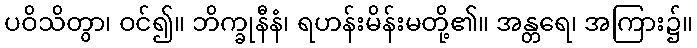
ပဝိသိတွာ၊ ဝင်၍။ ဘိက္ခုနီနံ၊ ရဟန်းမိန်းမတို့၏။ အန္တရေ၊ အကြား၌။